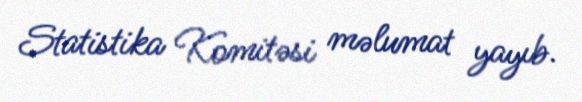
Statistika Komitəsi məlumat yayıb.